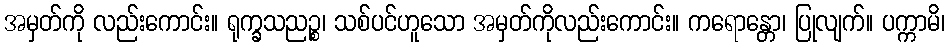
အမှတ်ကို လည်းကောင်း။ ရုက္ခသညဉ္စ၊ သစ်ပင်ဟူသော အမှတ်ကိုလည်းကောင်း။ ကရောန္တော၊ ပြုလျက်။ ပက္ကာမိ၊